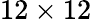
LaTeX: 12\times 12